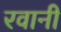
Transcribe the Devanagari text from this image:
रवानी